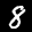
Label: 8